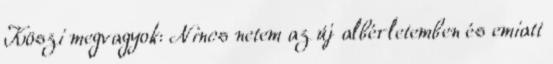
Köszi megvagyok: Nincs netem az új albérletemben és emiatt